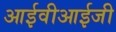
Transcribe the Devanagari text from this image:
आईवीआईजी